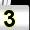
Digit: 3